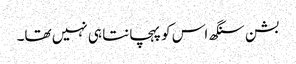
بشن سنگھ اس کو پہچانتا ہی نہیں تھا۔